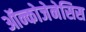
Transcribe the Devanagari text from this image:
ऑन्कोजेनेसिस